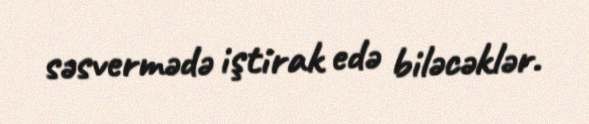
səsvermədə iştirak edə biləcəklər.